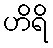
ဟိရိ